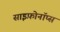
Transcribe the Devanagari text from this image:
साइफ़ोनॉप्स